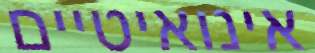
אינואיטיים